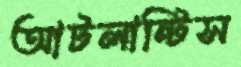
আটলান্টিস